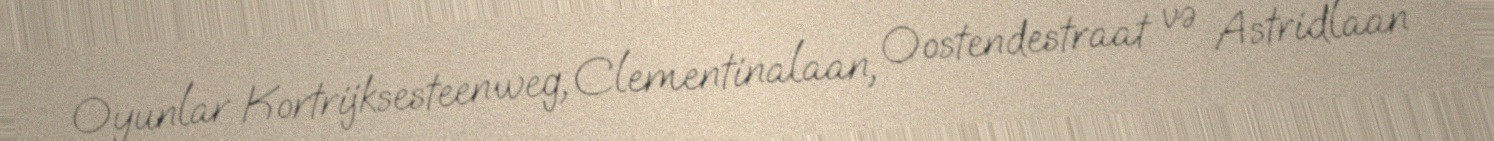
Oyunlar Kortrijksesteenweg, Clementinalaan, Oostendestraat və Astridlaan